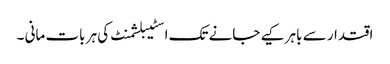
اقتدار سے باہر کیے جانے تک اسٹیبلشمنٹ کی ہر بات مانی ۔